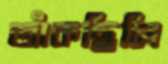
জাঁকছিলি